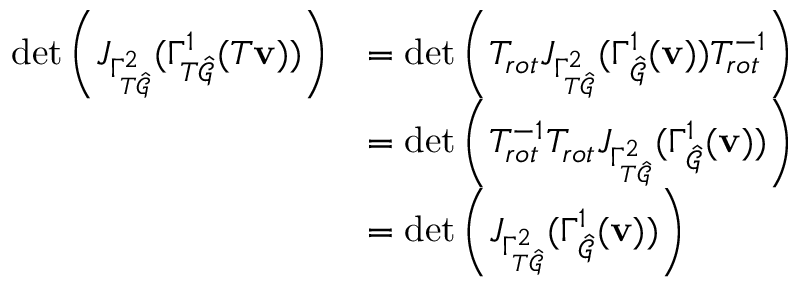
\begin{array} { r l } { \operatorname* { d e t } \left( J _ { \Gamma _ { T \hat { \mathcal { G } } } ^ { 2 } } ( \Gamma _ { T \hat { \mathcal { G } } } ^ { 1 } ( T \mathbf { v } ) ) \right) } & { = \operatorname* { d e t } \left( T _ { r o t } J _ { \Gamma _ { T \hat { \mathcal { G } } } ^ { 2 } } ( \Gamma _ { \hat { \mathcal { G } } } ^ { 1 } ( \mathbf { v } ) ) T _ { r o t } ^ { - 1 } \right) } \\ & { = \operatorname* { d e t } \left( T _ { r o t } ^ { - 1 } T _ { r o t } J _ { \Gamma _ { T \hat { \mathcal { G } } } ^ { 2 } } ( \Gamma _ { \hat { \mathcal { G } } } ^ { 1 } ( \mathbf { v } ) ) \right) } \\ & { = \operatorname* { d e t } \left( J _ { \Gamma _ { T \hat { \mathcal { G } } } ^ { 2 } } ( \Gamma _ { \hat { \mathcal { G } } } ^ { 1 } ( \mathbf { v } ) ) \right) } \end{array}